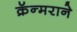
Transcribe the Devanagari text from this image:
क्रॅन्मराने